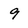
Character: 9